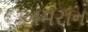
અમરાન